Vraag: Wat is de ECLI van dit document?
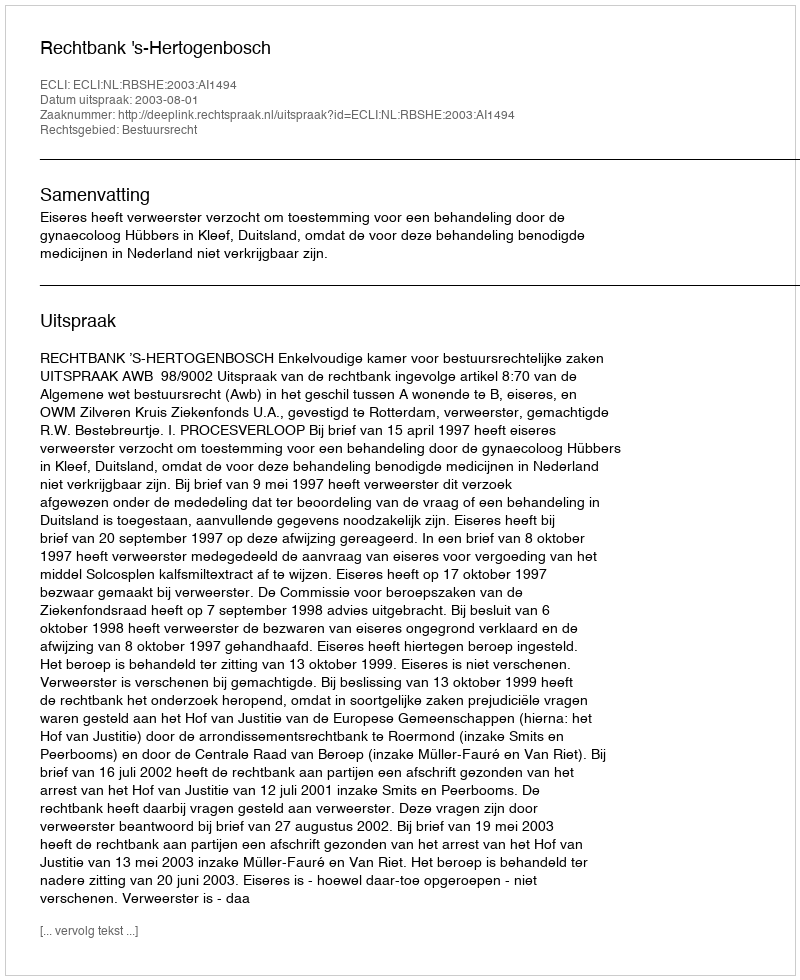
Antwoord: ECLI:NL:RBSHE:2003:AI1494